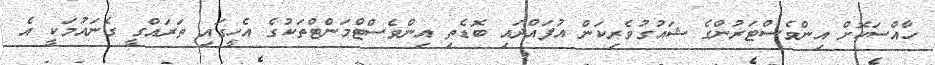
ހާއްސަކޮށް އިންވެސްޓަރުންގެ ޝައުގުވެރިކަން އުފައްދައި ބޮޑެތި އިންވެސްޓްމަންޓްތަކުގެ އެހީގައި ތަރައްގީ ގެނައުމަކީ އެ